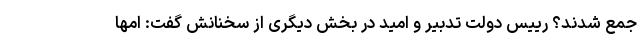
جمع شدند؟ رییس دولت تدبیر و امید در بخش دیگری از سخنانش گفت: امها